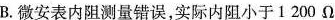
B.微安表内阻测量错误，实际内阻小于1200Ω